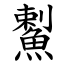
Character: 䱫